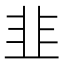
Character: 韭